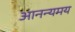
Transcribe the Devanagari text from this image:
आनन्यमय